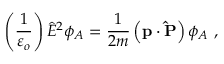
\left( \frac { 1 } { \varepsilon _ { o } } \right) \hat { E } ^ { 2 } \phi _ { A } = \frac { 1 } { 2 m } \left( \mathbf { p } \cdot \mathbf { \hat { P } } \right) \phi _ { A } \ ,